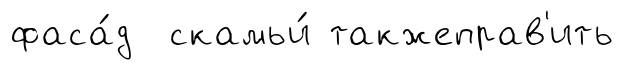
фаса́д скамьи́ такжеправ'ить